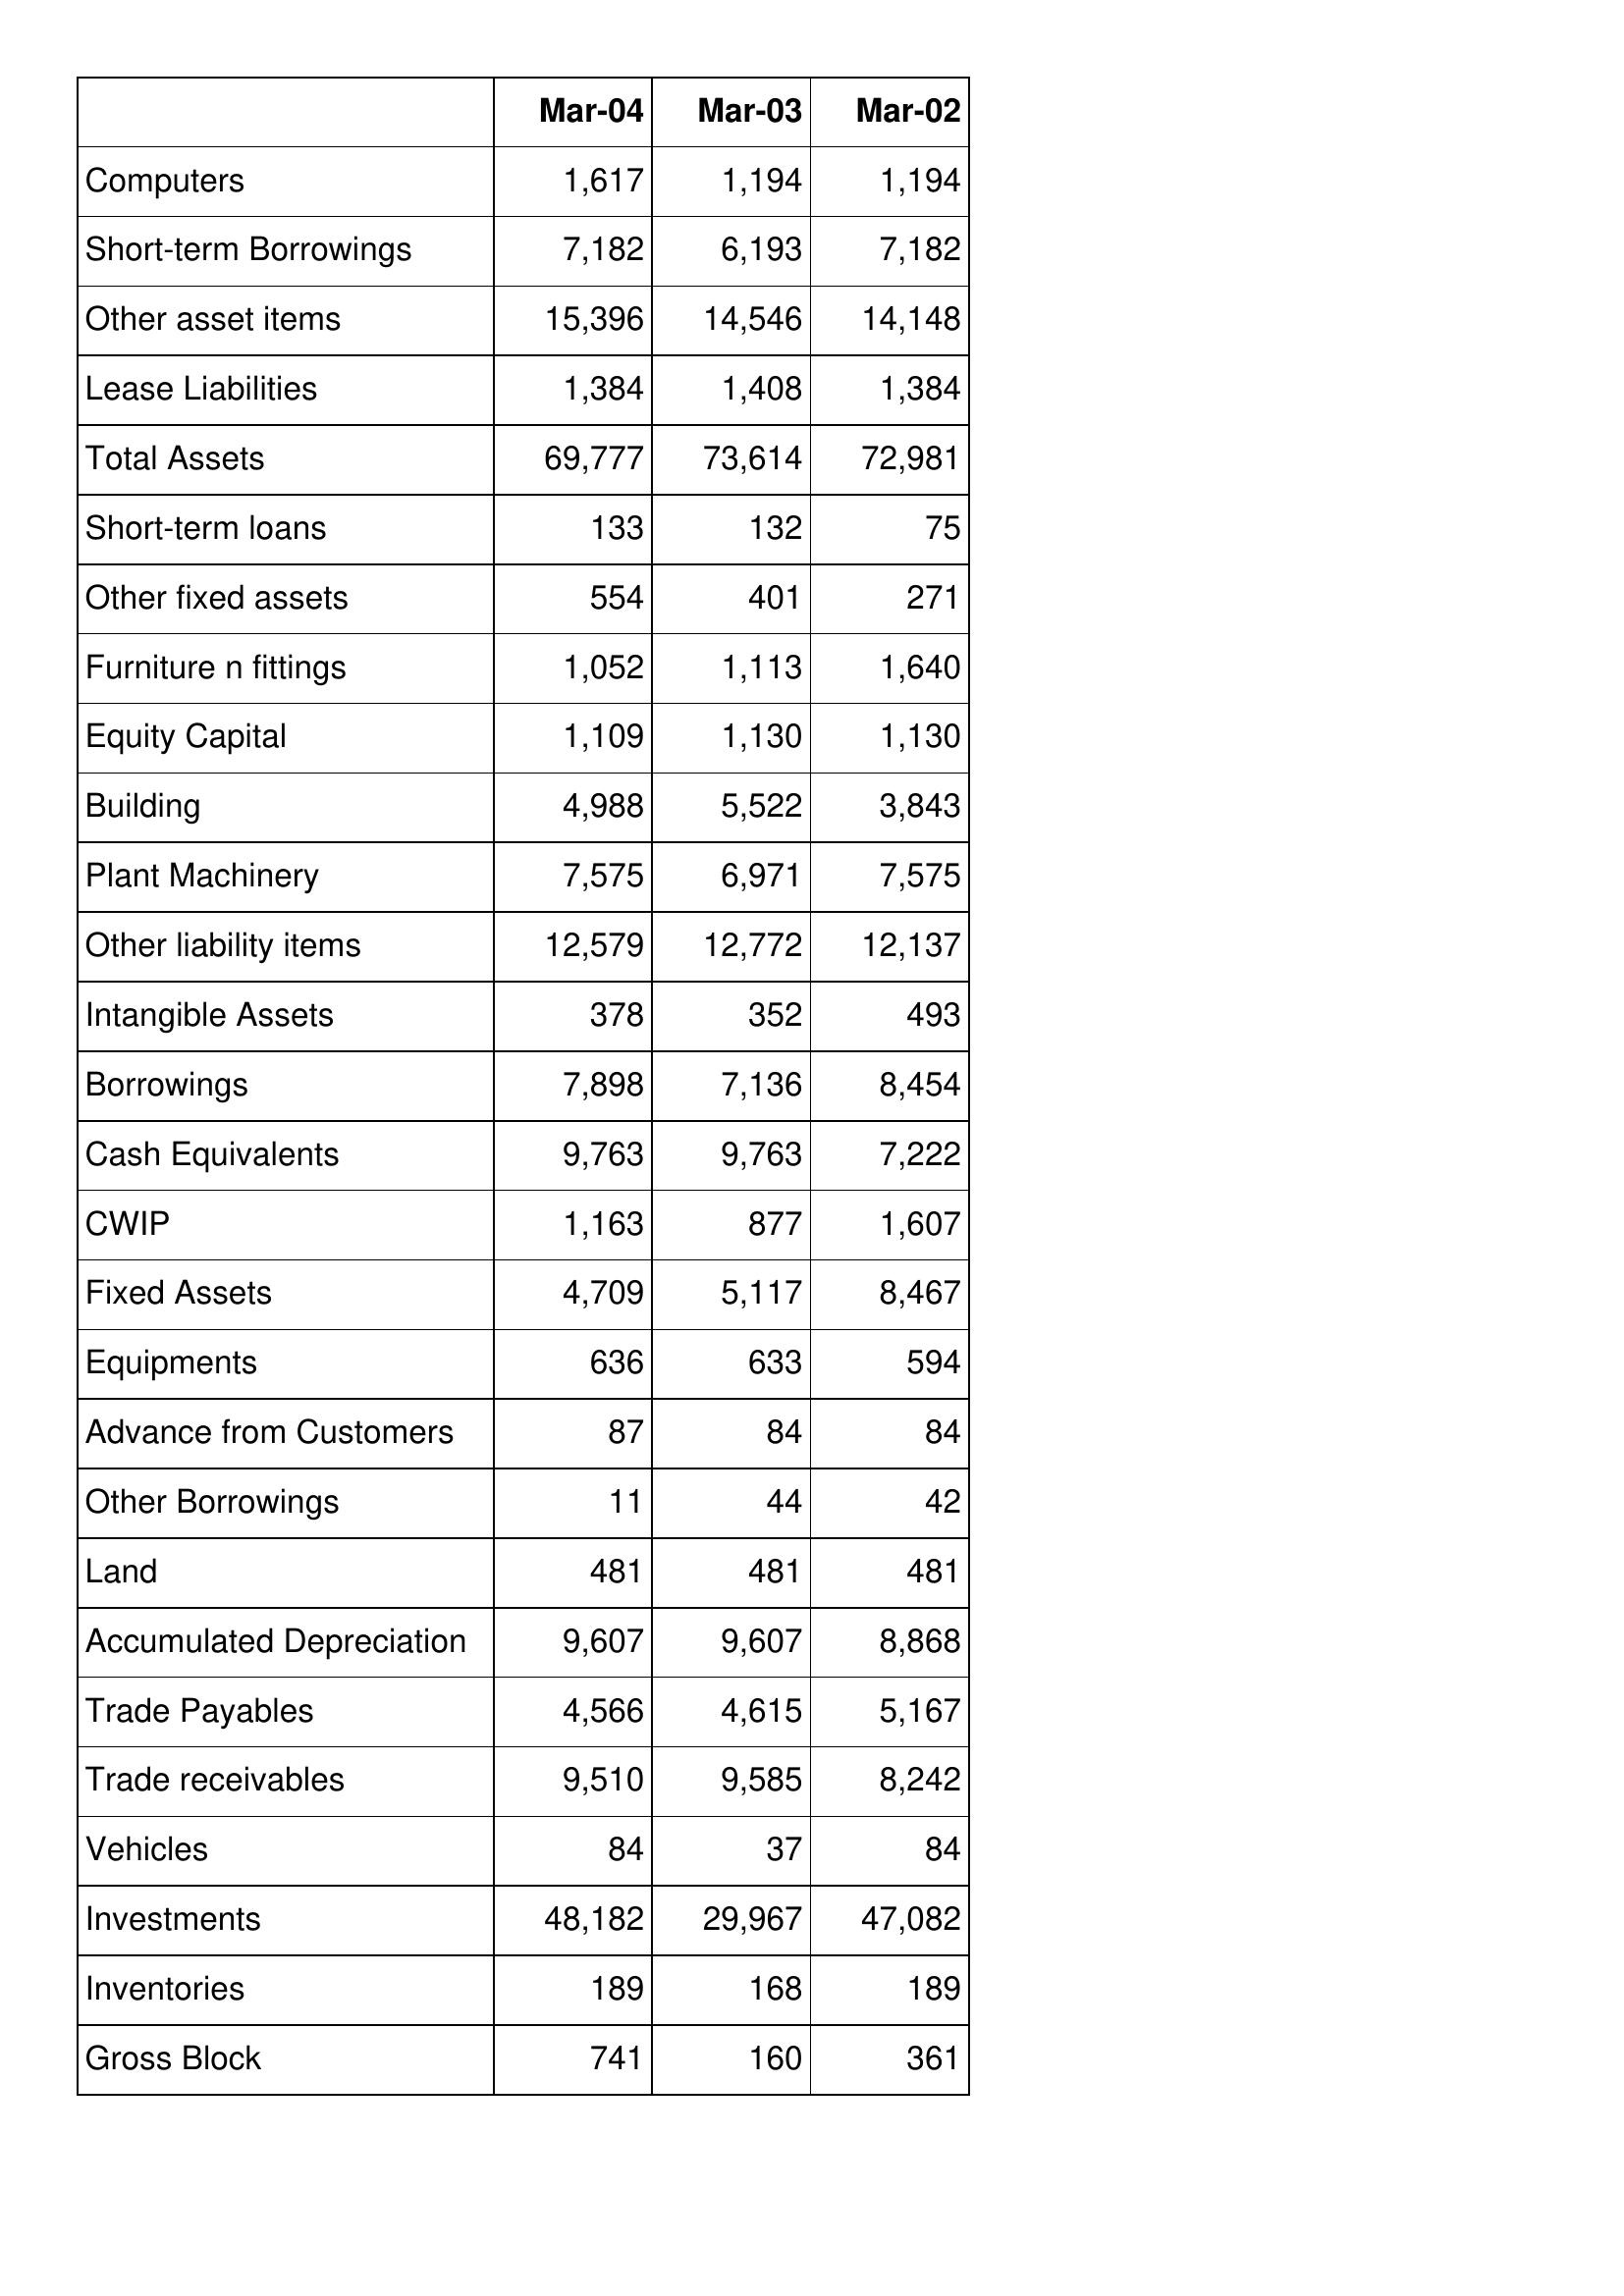
Mar-04: Balance Sheet: Computers: 1,617
Short-term Borrowings: 7,182
Other asset items: 15,396
Lease Liabilities: 1,384
Total Assets: 69,777
Short-term loans: 133
Other fixed assets: 554
Furniture n fittings: 1,052
Equity Capital: 1,109
Building: 4,988
Plant Machinery: 7,575
Other liability items: 12,579
Intangible Assets: 378
Borrowings: 7,898
Cash Equivalents: 9,763
CWIP: 1,163
Fixed Assets: 4,709
Equipments: 636
Advance from Customers: 87
Other Borrowings: 11
Land: 481
Accumulated Depreciation: 9,607
Trade Payables: 4,566
Trade receivables: 9,510
Vehicles: 84
Investments: 48,182
Inventories: 189
Gross Block: 741
Mar-03: Balance Sheet: Computers: 1,194
Short-term Borrowings: 6,193
Other asset items: 14,546
Lease Liabilities: 1,408
Total Assets: 73,614
Short-term loans: 132
Other fixed assets: 401
Furniture n fittings: 1,113
Equity Capital: 1,130
Building: 5,522
Plant Machinery: 6,971
Other liability items: 12,772
Intangible Assets: 352
Borrowings: 7,136
Cash Equivalents: 9,763
CWIP: 877
Fixed Assets: 5,117
Equipments: 633
Advance from Customers: 84
Other Borrowings: 44
Land: 481
Accumulated Depreciation: 9,607
Trade Payables: 4,615
Trade receivables: 9,585
Vehicles: 37
Investments: 29,967
Inventories: 168
Gross Block: 160
Mar-02: Balance Sheet: Computers: 1,194
Short-term Borrowings: 7,182
Other asset items: 14,148
Lease Liabilities: 1,384
Total Assets: 72,981
Short-term loans: 75
Other fixed assets: 271
Furniture n fittings: 1,640
Equity Capital: 1,130
Building: 3,843
Plant Machinery: 7,575
Other liability items: 12,137
Intangible Assets: 493
Borrowings: 8,454
Cash Equivalents: 7,222
CWIP: 1,607
Fixed Assets: 8,467
Equipments: 594
Advance from Customers: 84
Other Borrowings: 42
Land: 481
Accumulated Depreciation: 8,868
Trade Payables: 5,167
Trade receivables: 8,242
Vehicles: 84
Investments: 47,082
Inventories: 189
Gross Block: 361